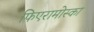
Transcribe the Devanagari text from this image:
फिएरामोस्का